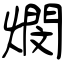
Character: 燘